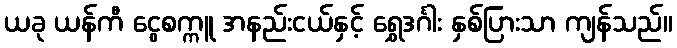
ယခု ယန်ကီ ငွေစက္ကူ အနည်းငယ်နှင့် ရွှေဒင်္ဂါး နှစ်ပြားသာ ကျန်သည်။